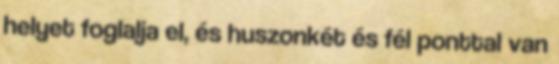
helyet foglalja el, és huszonkét és fél ponttal van